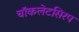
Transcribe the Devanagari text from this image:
चॉकलेटसिरप